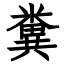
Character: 糞